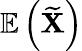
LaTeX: \mathbb{E}\left(\widetilde{\mathbf{X}}\right)